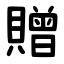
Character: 贈